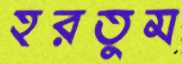
হরতুম